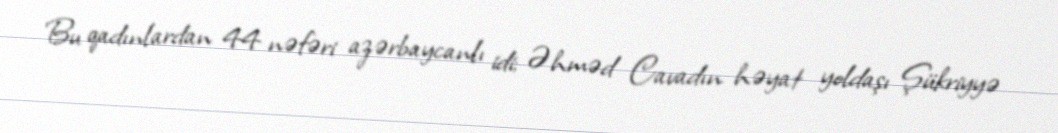
Bu qadınlardan 44 nəfəri azərbaycanlı idi; Əhməd Cavadın həyat yoldaşı Şükriyyə